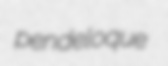
pendeloque